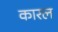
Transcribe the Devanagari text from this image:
कारल